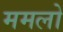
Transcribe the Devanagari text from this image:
ममलो